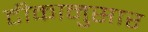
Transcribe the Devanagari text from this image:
टीकानुसार